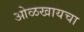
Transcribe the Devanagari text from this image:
ओळखायचा